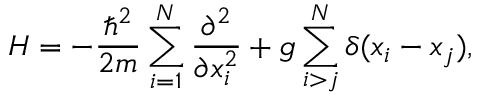
H = - \frac { \hbar ^ { 2 } } { 2 m } \sum _ { i = 1 } ^ { N } \frac { \partial ^ { 2 } } { \partial x _ { i } ^ { 2 } } + g \sum _ { i > j } ^ { N } \delta ( x _ { i } - x _ { j } ) ,